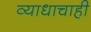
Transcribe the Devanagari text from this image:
व्याधाचाही